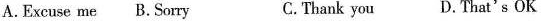
A.Excuse me B.Sorry C.Thank you D.That's OK